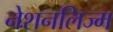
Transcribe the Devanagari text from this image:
नेशनलिज्म